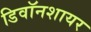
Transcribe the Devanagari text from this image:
डिवॉनशायर